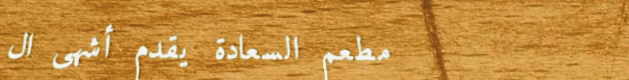
مطعم السعادة يقدم أشهى ال